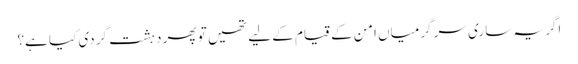
اگر یہ ساری سر گرمیاں امن کے قیام کے لیے تھیں تو پھر دہشت گردی کیا ہے؟